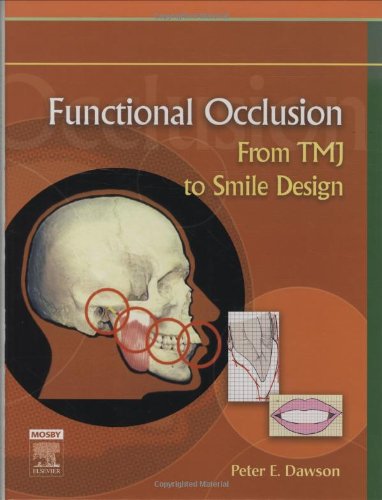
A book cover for Functional Occlusion: From TMJ to Smile Design; Peter E. Dawson DDS; Medical Books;